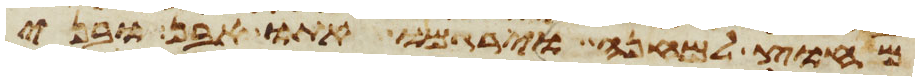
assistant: מחוץ למחנה וירגמו אתו אבן ובני